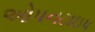
ઓપનટાઇપ